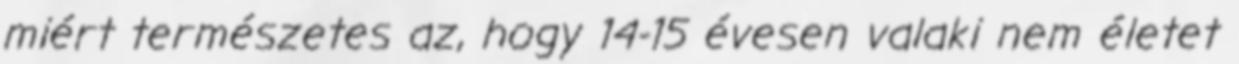
miért természetes az, hogy 14-15 évesen valaki nem életet